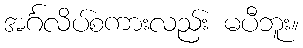
အင်္ဂလိပ်စကားလည်း မပီဘူး။